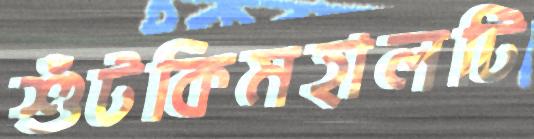
শুঁটকিমহালটি